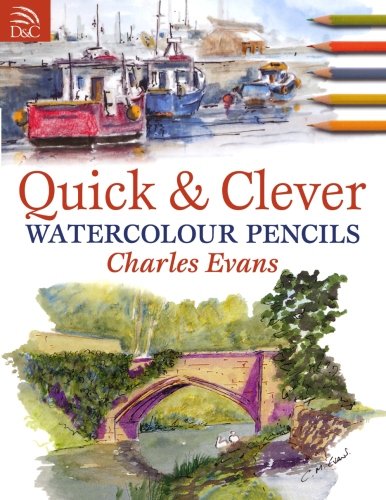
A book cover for Quick & Clever Watercolor Pencils; Charles Evans; Arts & Photography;